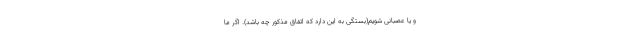
و یا عصبانی شویم(بستگی به این دارد که اتفاق مذکور چه باشد). اگر ما